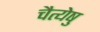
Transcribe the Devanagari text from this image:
चैत्येषु